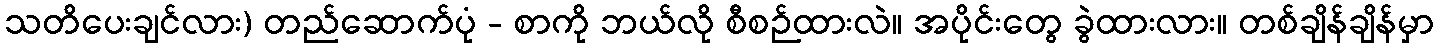
သတိပေးချင်လား) တည်ဆောက်ပုံ - စာကို ဘယ်လို စီစဉ်ထားလဲ။ အပိုင်းတွေ ခွဲထားလား။ တစ်ချိန်ချိန်မှာ